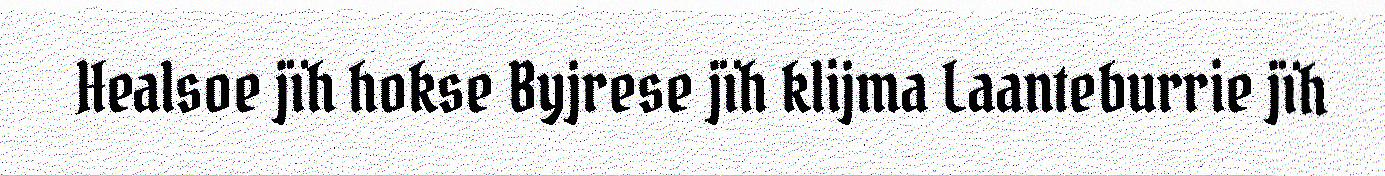
Healsoe jïh hokse Byjrese jïh klijma Laanteburrie jïh